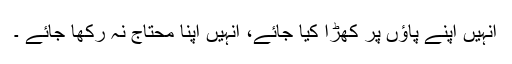
انہیں اپنے پاؤں پر کھڑا کیا جائے، انہیں اپنا محتاج نہ رکھا جائے ۔